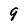
Character: 9